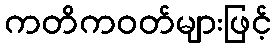
ကတိကဝတ်များဖြင့်